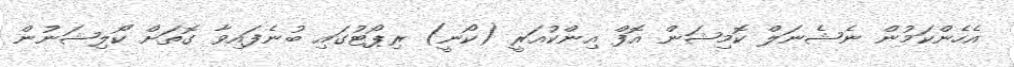
އެހެންކަމުން ނެޝެނަލް ކޮމިޝަން އޮފް އިންކުއަރީ (ކޯނީ) ރިޕޯޓުގައި ބުނެފައިވާ ގޮތަށް ކޯލިޝަނުން